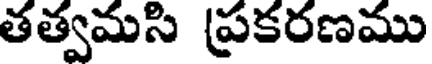
తత్వమసి ప్రకరణము